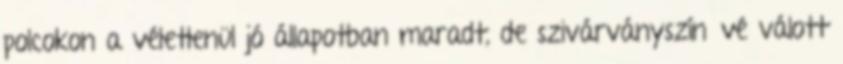
polcokon a véletlenül jó állapotban maradt, de szivárványszínűvé válott